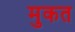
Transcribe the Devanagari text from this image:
मुकत